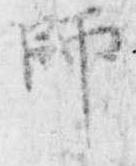
師